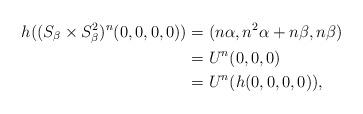
LaTeX: \begin{align*}h((S_{\beta}\times S_{\beta}^2)^n(0,0,0,0)) & =(n\alpha,n^2\alpha+n\beta,n\beta) \\ & =U^n(0,0,0)\\ &=U^n(h(0,0,0,0)),\end{align*}